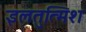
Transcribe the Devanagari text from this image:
इलतुत्मिश